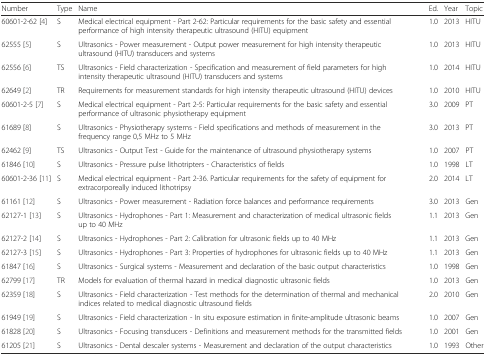
<table><thead><tr><td><b>Number</b></td><td><b>Type</b></td><td><b>Name</b></td><td><b>Ed.</b></td><td><b>Year</b></td><td><b>Topic</b></td></tr></thead><tbody><tr><td>60601-2-62 [4]</td><td>S</td><td>Medical electrical equipment - Part 2-62: Particular requirements for the basic safety and essential performance of high intensity therapeutic ultrasound (HITU) equipment</td><td>1.0</td><td>2013</td><td>HITU</td></tr><tr><td>62555 [5]</td><td>S</td><td>Ultrasonics - Power measurement - Output power measurement for high intensity therapeutic ultrasound (HITU) transducers and systems</td><td>1.0</td><td>2013</td><td>HITU</td></tr><tr><td>62556 [6]</td><td>TS</td><td>Ultrasonics - Field characterization - Specification and measurement of field parameters for high intensity therapeutic ultrasound (HITU) transducers and systems</td><td>1.0</td><td>2014</td><td>HITU</td></tr><tr><td>62649 [2]</td><td>TR</td><td>Requirements for measurement standards for high intensity therapeutic ultrasound (HITU) devices</td><td>1.0</td><td>2010</td><td>HITU</td></tr><tr><td>60601-2-5 [7]</td><td>S</td><td>Medical electrical equipment - Part 2-5: Particular requirements for the basic safety and essential performance of ultrasonic physiotherapy equipment</td><td>3.0</td><td>2009</td><td>PT</td></tr><tr><td>61689 [8]</td><td>S</td><td>Ultrasonics - Physiotherapy systems - Field specifications and methods of measurement in the frequency range 0,5 MHz to 5 MHz</td><td>3.0</td><td>2013</td><td>PT</td></tr><tr><td>62462 [9]</td><td>TS</td><td>Ultrasonics - Output Test - Guide for the maintenance of ultrasound physiotherapy systems</td><td>1.0</td><td>2007</td><td>PT</td></tr><tr><td>61846 [10]</td><td>S</td><td>Ultrasonics - Pressure pulse lithotripters - Characteristics of fields</td><td>1.0</td><td>1998</td><td>LT</td></tr><tr><td>60601-2-36 [11]</td><td>S</td><td>Medical electrical equipment - Part 2-36. Particular requirements for the safety of equipment for extracorporeally induced lithotripsy</td><td>2.0</td><td>2014</td><td>LT</td></tr><tr><td>61161 [12]</td><td>S</td><td>Ultrasonics - Power measurement - Radiation force balances and performance requirements</td><td>3.0</td><td>2013</td><td>Gen</td></tr><tr><td>62127-1 [13]</td><td>S</td><td>Ultrasonics - Hydrophones - Part 1: Measurement and characterization of medical ultrasonic fields up to 40 MHz</td><td>1.1</td><td>2013</td><td>Gen</td></tr><tr><td>62127-2 [14]</td><td>S</td><td>Ultrasonics - Hydrophones - Part 2: Calibration for ultrasonic fields up to 40 MHz</td><td>1.1</td><td>2013</td><td>Gen</td></tr><tr><td>62127-3 [15]</td><td>S</td><td>Ultrasonics - Hydrophones - Part 3: Properties of hydrophones for ultrasonic fields up to 40 MHz</td><td>1.1</td><td>2013</td><td>Gen</td></tr><tr><td>61847 [16]</td><td>S</td><td>Ultrasonics - Surgical systems - Measurement and declaration of the basic output characteristics</td><td>1.0</td><td>1998</td><td>Gen</td></tr><tr><td>62799 [17]</td><td>TR</td><td>Models for evaluation of thermal hazard in medical diagnostic ultrasonic fields</td><td>1.0</td><td>2013</td><td>Gen</td></tr><tr><td>62359 [18]</td><td>S</td><td>Ultrasonics - Field characterization - Test methods for the determination of thermal and mechanical indices related to medical diagnostic ultrasound fields</td><td>2.0</td><td>2010</td><td>Gen</td></tr><tr><td>61949 [19]</td><td>S</td><td>Ultrasonics - Field characterization - In situ exposure estimation in finite-amplitude ultrasonic beams</td><td>1.0</td><td>2007</td><td>Gen</td></tr><tr><td>61828 [20]</td><td>S</td><td>Ultrasonics - Focusing transducers - Definitions and measurement methods for the transmitted fields</td><td>1.0</td><td>2001</td><td>Gen</td></tr><tr><td>61205 [21]</td><td>S</td><td>Ultrasonics - Dental descaler systems - Measurement and declaration of the output characteristics</td><td>1.0</td><td>1993</td><td>Other</td></tr></tbody></table>